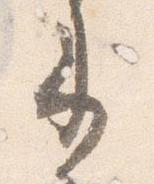
来